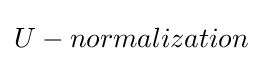
U-normalization